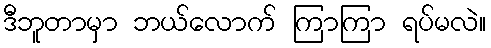
ဒီဘူတာမှာ ဘယ်လောက် ကြာကြာ ရပ်မလဲ။